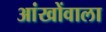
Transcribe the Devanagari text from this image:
आंखोंवाला